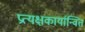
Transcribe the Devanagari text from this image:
प्रत्यक्षकार्यान्वित